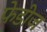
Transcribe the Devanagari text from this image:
फेडीज